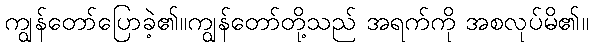
ကျွန်တော်ပြောခဲ့၏။ကျွန်တော်တို့သည် အရက်ကို အစလုပ်မိ၏။